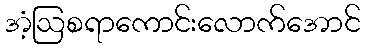
အံ့ဩစရာကောင်းလောက်အောင်